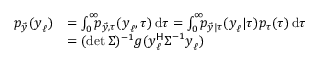
\begin{array} { r l } { p _ { \Vec { y } } ( \boldsymbol { y } _ { \ell } ) } & { = \int _ { 0 } ^ { \infty } \! \! \! p _ { \Vec { y } , \tau } ( \boldsymbol { y } _ { \ell } , \tau ) \, \mathrm { d } \tau = \int _ { 0 } ^ { \infty } \! \! \! p _ { \Vec { y } | \tau } ( \boldsymbol { y } _ { \ell } | \tau ) p _ { \tau } ( \tau ) \, \mathrm { d } \tau } \\ & { = ( \operatorname* { d e t } \boldsymbol { \Sigma } ) ^ { - 1 } g ( \boldsymbol { y } _ { \ell } ^ { \sf H } \boldsymbol { \Sigma } ^ { - 1 } \boldsymbol { y } _ { \ell } ) } \end{array}